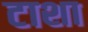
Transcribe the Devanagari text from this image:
टाशा